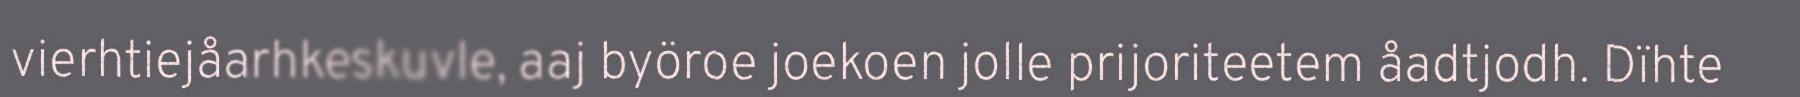
vierhtiejåarhkeskuvle, aaj byöroe joekoen jolle prijoriteetem åadtjodh. Dïhte